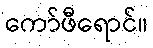
ကော်ဖီရောင်။